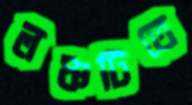
লঞ্চটিতে